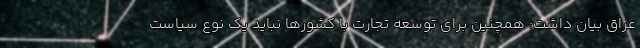
عراق بیان داشت: همچنین برای توسعه تجارت با کشورها نباید یک نوع سیاست